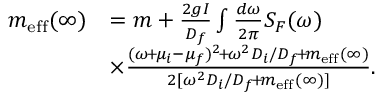
\begin{array} { r l } { m _ { \mathrm { e f f } } ( \infty ) } & { = m + \frac { 2 g I } { D _ { f } } \int \frac { d \omega } { 2 \pi } S _ { F } ( \omega ) } \\ & { \times \frac { ( \omega \! + \! \mu _ { i } - \mu _ { f } ) ^ { 2 } \! + \! \omega ^ { 2 } D _ { i } / D _ { f } \! + \! m _ { \mathrm { e f f } } ( \infty ) } { 2 [ \omega ^ { 2 } D _ { i } / D _ { f } \! + \! m _ { \mathrm { e f f } } ( \infty ) ] } . } \end{array}